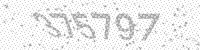
Solution: 375797